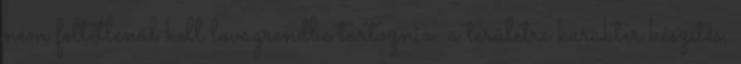
nem feltétlenül kell lovagrendbe tartoznia. a területre karakter készítés,